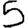
Digit: 5